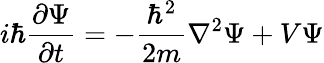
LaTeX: i\hbar{\frac{\partial\Psi}{\partial t}}=-{\frac{\hbar^{2}}{2m}}\nabla^{2}\Psi+V\Psi